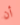
أن